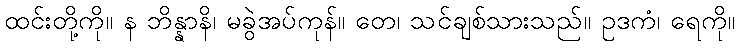
ထင်းတို့ကို။ န ဘိန္နာနိ၊ မခွဲအပ်ကုန်။ တေ၊ သင်ချစ်သားသည်။ ဥဒကံ၊ ရေကို။